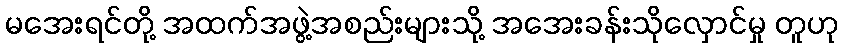
မအေးရင်တို့ အထက်အဖွဲ့အစည်းများသို့ အအေးခန်းသိုလှောင်မှု တူဟု